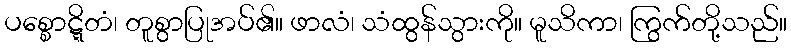
ပစ္စောဋ္ဋိတံ၊ တူစွာပြုအပ်၏။ ဖာလံ၊ သံထွန်သွားကို။ မူသိကာ၊ ကြွက်တို့သည်။